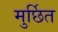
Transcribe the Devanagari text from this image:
मुर्छित